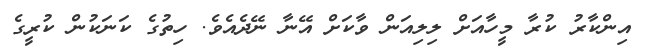
އިންކާރު ކުރާ މީހާއަށް ލިލިއަން ވާކަށް އޭނާ ނޭދެއެވެ. ހިތުގެ ކަނަކުން ކުރީގެ